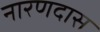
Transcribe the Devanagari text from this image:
नारणदास